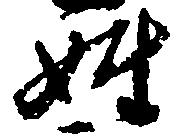
姓